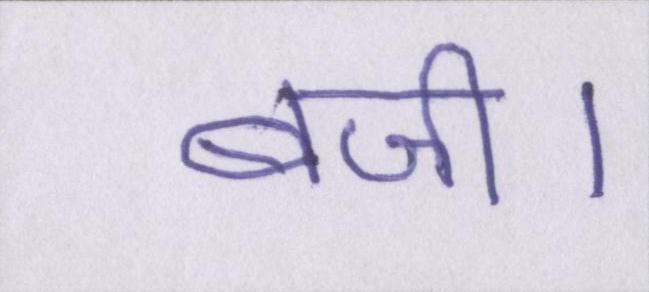
बजी।